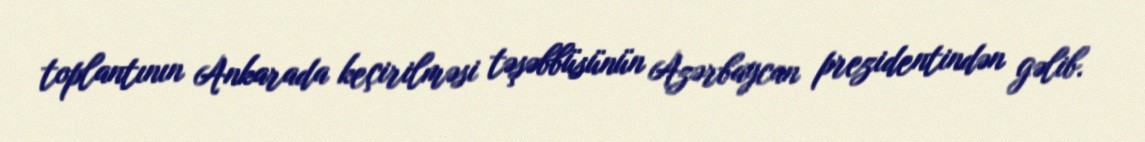
toplantının Ankarada keçirilməsi təşəbbüsünün Azərbaycan prezidentindən gəlib.